Medical and sanitary report of the native army of Madras for the year
Year: 1876
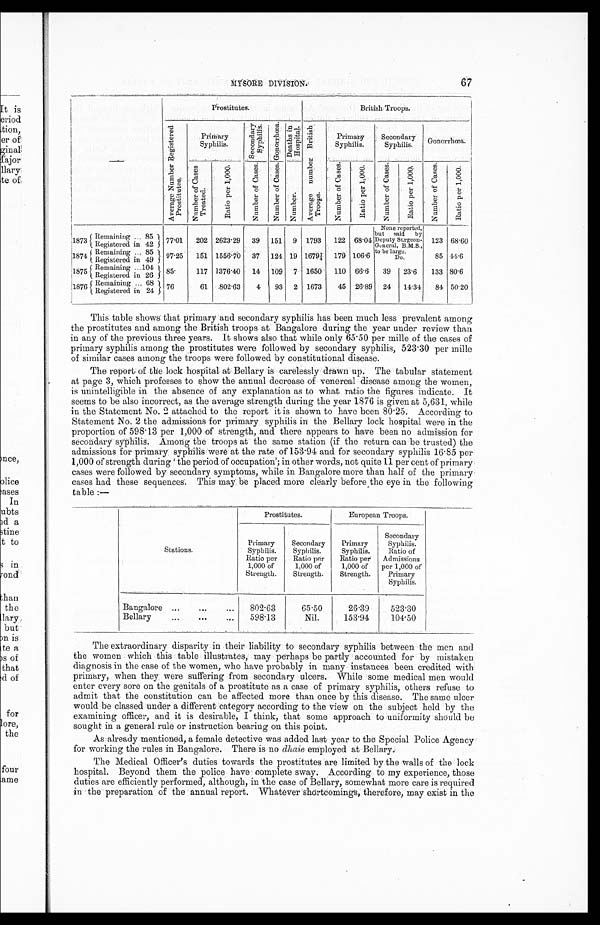
MYSORE DIVISION.
67
Prostitutes.
British Troops.
A v e r a g e N u m b e r R e g i s t e r e d P r o s t i t u t e s .
Primary
Syphilis.
S e c o n d a r y S y p h i l i s .
G o n o r r h œ a .
D e a t h s i n H o s p i t a l .
A v e r a g e n u m b e r B r i t i s h
Troops.
Primary
Syphilis.
Secondary
Syphilis.
G o n o r r h o e a .
N u m b e r o f c a s e s T r e a t e d .
R a t i o p e r 1 , 0 0 0 .
N u m b e r o f c a s e s .
N u m b e r o f c a s e s .
N u m b e r .
N u m b e r o f c a s e s .
R a t i o p e r 1 , 0 0 0 .
N u m b e r o f c a s e s . R a t i o p e r 1 , 0 0 0 .
N u m b e r o f c a s e s . R a t i o p e r 1 , 0 0 0 .
1873 Remaining... 85
.
.
Registered in 42 77.01 202 2623. 29 39 151 9 1793 122 68.04
None reported,
but said
by
Deputy Surgeon-
General, B.M.S., to the large.
123 68.60
1874
R e m a i n i n g . . . 8 5
Registered in 49
9 7 . 2 5
151
1 5 5 6 . 7 0 37 124 19 1679¼ 179 106.6
Do.
85 44.6
1875 Remaining ... 104
Registered in 26 8 5 .
117 1376.40 14 109 7 1650 110 66.6
39 23.6
133 80.6
1876 Remaining ... 68
Registered in 24
76
61 802.63
4
93 2 1673
45 26.89 24 14.34 84 50.20
This table shows that primary and secondary syphilis has been much less prevalent among
the prostitutes and among the British troops at Bangalore during the year under review than
in any of the previous three years. It shows also that while only 65.50 per mille of the cases of
primary syphilis among the prostitutes were followed by secondary syphilis, 523.30 per mille
of similar cases among the troops were followed by constitutional disease.
The report of the lock hospital at Bellary is carelessly drawn up. The tabular statement
at page 3, which professes to show the annual decrease of venereal disease among the women,
is unintelligible in the absence of any explanation as to what ratio the figures indicate. It
seems to be also incorrect, as the average strength during the year 1876 is given at 5,631, while
in the Statement No. 2 attached to the report it is shown to have been 80.25. According to
Statement No. 2 the admissions for primary syphilis in the Bellary lock hospital were in the
proportion of 598.13 per 1,000 of strength, and there appears to have been no admission for
secondary syphilis. Among the troops at the same station (if the return can be trusted) the
admissions for primary syphilis were at the rate of 153.94 and for secondary syphilis 16.85 per
1, 000 of st r engt h dur i ng ' t he per i od of occupat i on' ; i n ot her wor ds, not qui t e 11 per cent of pr i mar y
cases were followed by secondary symptoms, while in Bangalore more than half of the primary
cases had these sequences. This may be placed more clearly before the eye in the following
table :—
Stations.
Prostitutes.
European Troops.
Primary
Syphilis.
Ratio per
1,000 of
Strength.
Secondary
Syphilis.
Ratio per
1,000 of
Strength.
Primary
Syphilis.
Ratio per
1,000 of
Strength.
Secondary
Syphilis.
Ratio of
Admissions
per 1,000 of
Primary
Syphilis.
Bangalore ...
...
...
802.63
65.50
26.39
523.30
Bellary
•••
•••
•••
598.13
Nil.
153.94
104.50
The extraordinary disparity in their liability to secondary syphilis between the men and
t h e w o me n . w h i c h t h i s t a b l e i l l u s t r a t e s , ma y p e r h a p s b e p a r t l y a c c o u n t e d f o r b y mi s t a k e n
diagnosis in the case of the women, who have probably in many instances been credited with
primary, when they were suffering from secondary ulcers. While some medical men would
enter every sore on the genitals of a prostitute as a case of primary syphilis, others refuse to
admit that the constitution can be affected more than once by this disease. The same ulcer
would be classed under a different category according to the view on the subject held by the
examining officer, and it is desirable, I think, that some approach to uniformity should be
sought in a general rule or instruction bearing on this point.
As already mentioned, a female detective was added last year to the Special Police Agency
for working the rules in Bangalore. There is no dhaie employed at Bellary.
The Medical Officer's duties towards the prostitutes are limited by the walls of the lock
hospital. Beyond them the police have complete sway. According to my experience, those
duties are efficiently performed, although, in the case of Bellary, somewhat more care is required
in the preparation of the annual report. Whatever shortcomings, therefore, may exist in the